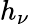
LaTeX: h_{\nu}